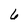
Character: 6